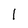
Character: l